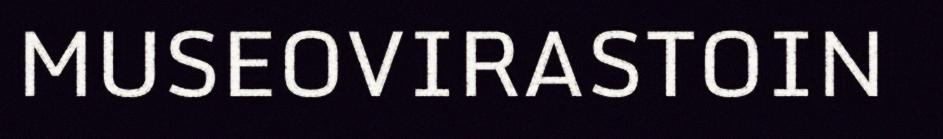
MUSEOVIRASTOIN